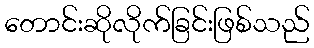
တောင်းဆိုလိုက်ခြင်းဖြစ်သည်